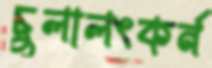
চুলালংকর্ন